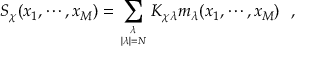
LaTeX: S _ { \chi } ( x _ { 1 } , \cdots , x _ { M } ) = \sum _ { \lambda \atop | \lambda | = N } K _ { \chi \lambda } m _ { \lambda } ( x _ { 1 } , \cdots , x _ { M } ) \, \, \, \, ,